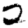
Digit: 2